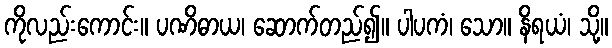
ကိုလည်းကောင်း။ ပဏိဓာယ၊ ဆောက်တည်၍။ ပါပကံ၊ သော။ နိရယံ၊ သို့။